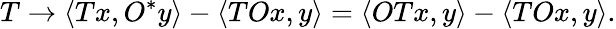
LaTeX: T\to\langle Tx,O^{*}y\rangle-\langle TOx,y\rangle=\langle OTx,y\rangle-\langle TOx,y\rangle.